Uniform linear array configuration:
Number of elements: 48
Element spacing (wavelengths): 0.75
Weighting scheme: uniform
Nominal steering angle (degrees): -30
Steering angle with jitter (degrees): -28.605
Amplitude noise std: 0.05
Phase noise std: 0.05

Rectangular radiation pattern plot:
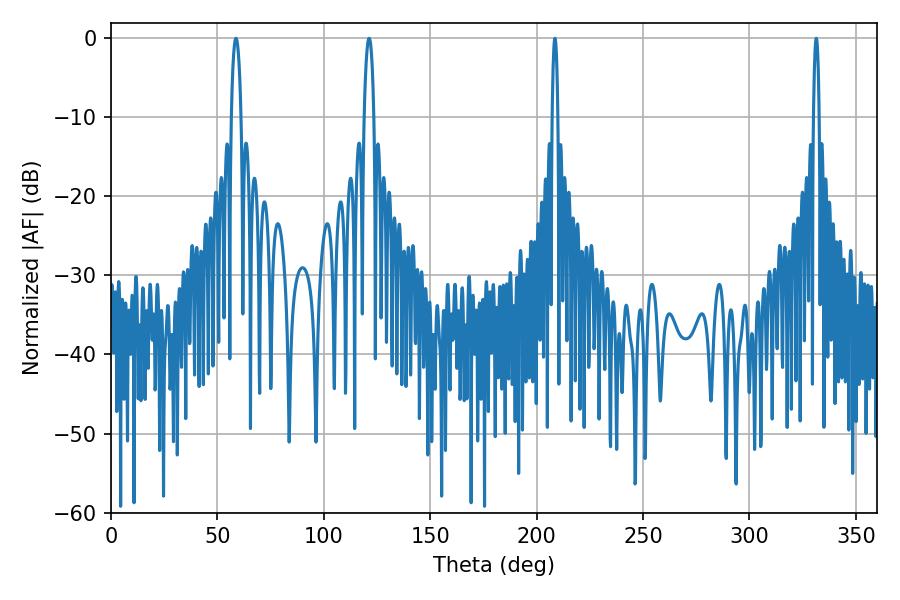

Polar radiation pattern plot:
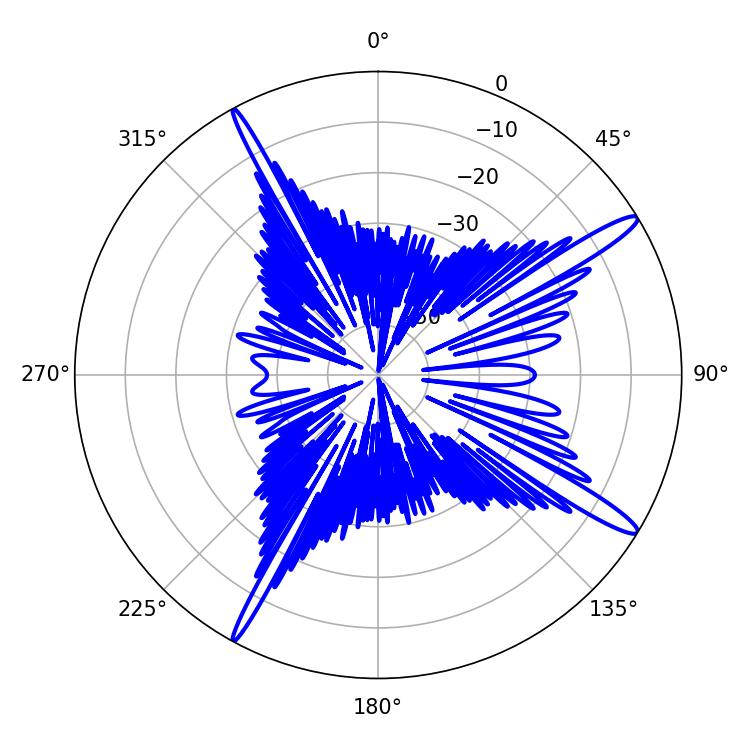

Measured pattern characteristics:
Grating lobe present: TRUE
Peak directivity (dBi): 15.16
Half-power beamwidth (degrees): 1.44
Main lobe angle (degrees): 208.62